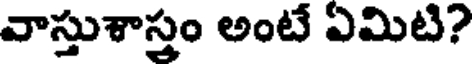
వాస్తుశాస్త్రం అంటే ఏమిటి?